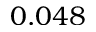
0 . 0 4 8